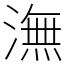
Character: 潕